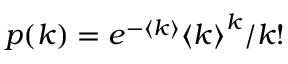
p ( k ) = e ^ { - \langle k \rangle } { \langle k \rangle } ^ { k } / { k ! }